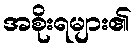
အစိုးရများ၏